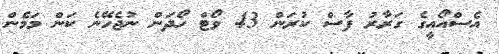
އެސްއޯއީގެ ގަރާރު ފާސް ކުރަން 43 ވޯޓް ހޯދަން ނުޖެހޭނެ ކަން މަމެން